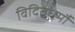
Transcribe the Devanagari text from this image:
विदितधर्मौ